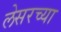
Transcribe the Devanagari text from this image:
लेसरच्या